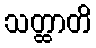
သတ္ထာတိ